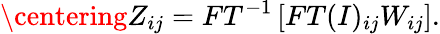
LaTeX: \centering Z_{ij}=FT^{-1}\left[FT(I)_{ij}W_{ij}\right].